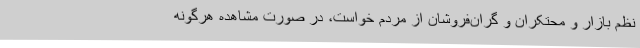
نظم بازار و محتکران و گران‌فروشان از مردم خواست، در صورت مشاهده هرگونه